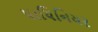
પાયિનિયર